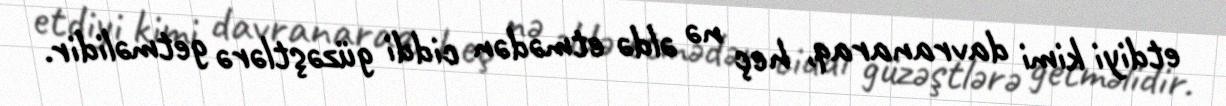
etdiyi kimi davranaraq, heç nə əldə etmədən ciddi güzəştlərə getməlidir.